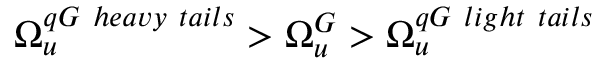
\Omega _ { u } ^ { q G \ h e a v y \ t a i l s } > \Omega _ { u } ^ { G } > \Omega _ { u } ^ { q G \ l i g h t \ t a i l s }